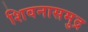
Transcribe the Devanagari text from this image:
शिवनासमुद्र